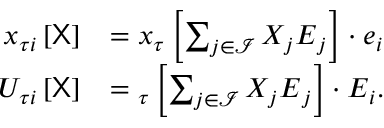
\begin{array} { r l } { { x } _ { \tau i } \left[ \sf X \right] } & { = { \u { x } } _ { \u { \tau } } \left[ \sum _ { j \in \mathcal { I } } X _ { j } \boldsymbol { E } _ { j } \right] \cdot \boldsymbol { e } _ { i } } \\ { { U } _ { \tau i } \left[ \sf X \right] } & { = { \u { U } } _ { \u { \tau } } \left[ \sum _ { j \in \mathcal { I } } X _ { j } \boldsymbol { E } _ { j } \right] \cdot \boldsymbol { E } _ { i } . } \end{array}